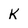
Character: K